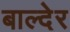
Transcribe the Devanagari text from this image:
बाल्देर